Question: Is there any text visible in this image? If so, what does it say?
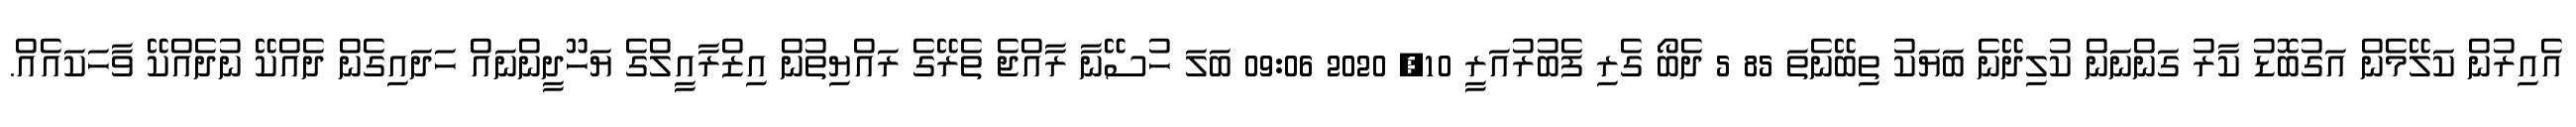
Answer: އެއިރުން ކަލޭމެން އަގުބޮޑު ކާރު ގަންނަން ކުލިދޭނެ ބަޔަކު ތިބޭނެތަ 85 5 ދެބޯ ގެރި ފެބުރުއަރީ 10, 2020 09:06 ބަލަ ހުސޭނާ ރާއްޖެ ތެރޭގެ ރައްޔިތުން އިޒްރާއީލްގެ ޔަހޫދީންނައް ހަދައިގެން ދެއްކޭ ނުދެއްކޭ ވާހަކައެއް.